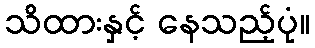
သိထားနှင့် နေသည့်ပုံ။